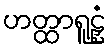
ဟတ္ထာရူဠှံ